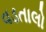
વડતાલો